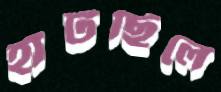
হাঁটছিলে